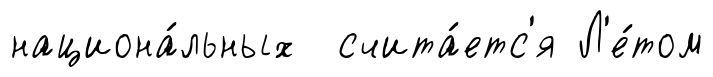
национа́льных счита́етс'я Л'е́том